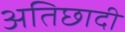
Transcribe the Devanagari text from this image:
अतिछादी